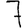
Digit: 7